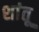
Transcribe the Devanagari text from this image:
शांतू